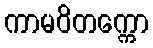
ကာမဝိတက္ကော